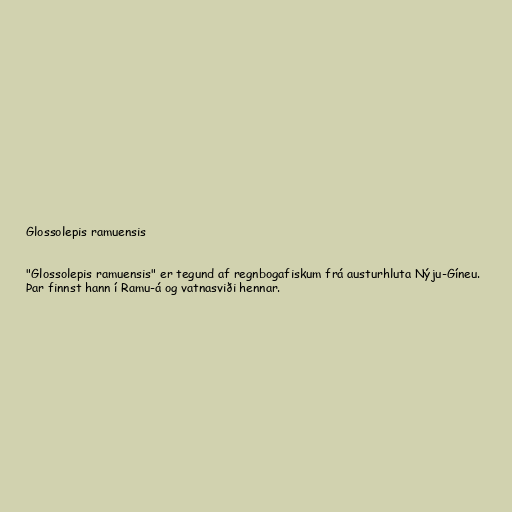
Glossolepis ramuensis

"Glossolepis ramuensis" er tegund af regnbogafiskum frá austurhluta Nýju-Gíneu.
Þar finnst hann í Ramu-á og vatnasviði hennar.